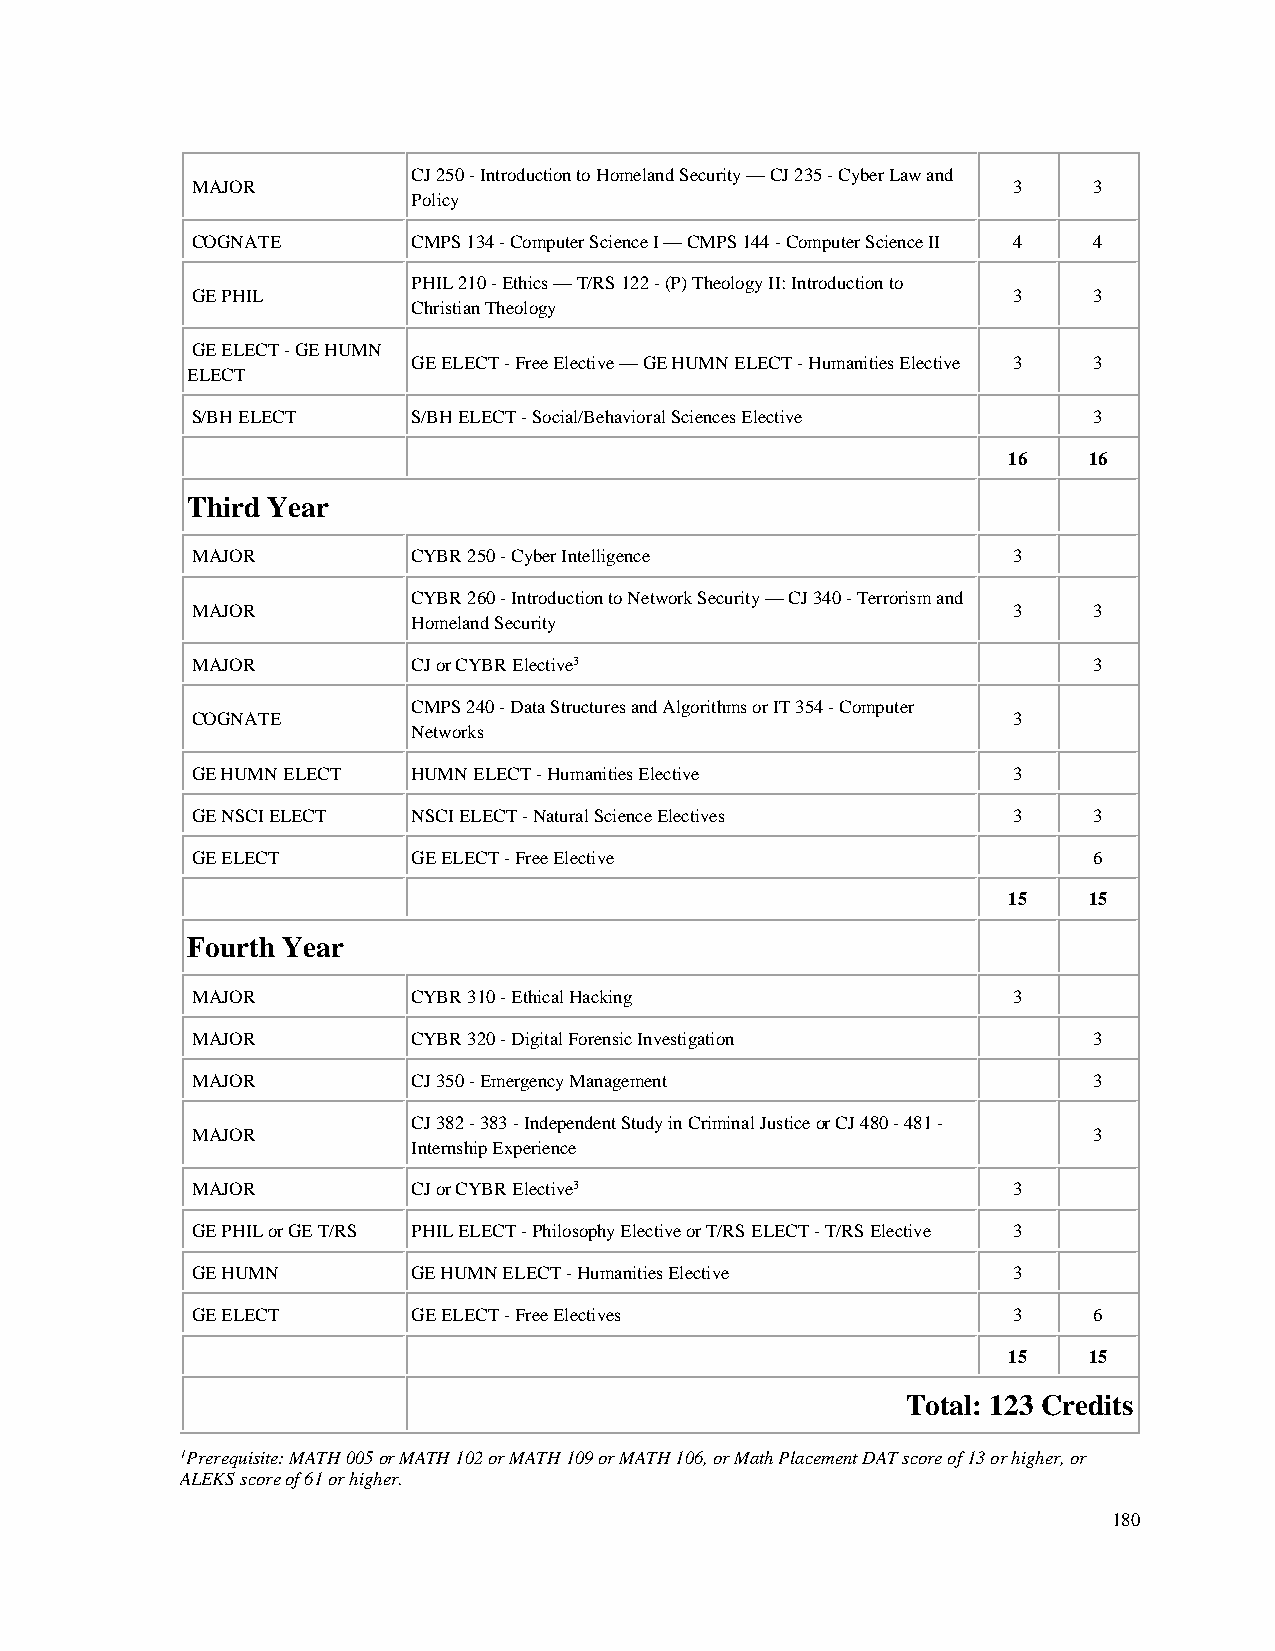
CJ 250 - Introduction to Homeland Security — CJ 235 - Cyber Law and
 MAJOR                                                 3    3
 Policy
 COGNATE       CMPS 134 - Computer Science I — CMPS 144 - Computer Science II 4 4
 PHIL 210 - Ethics — T/RS 122 - (P) Theology II: Introduction to
 GE PHIL                                               3    3
 Christian Theology
 GE ELECT - GE HUMN
 GE ELECT - Free Elective — GE HUMN ELECT - Humanities Elective 3 3
 ELECT
 S/BH ELECT    S/BH ELECT - Social/Behavioral Sciences Elective 3
 16   16
 Third Year
 MAJOR         CYBR 250 - Cyber Intelligence           3
 CYBR 260 - Introduction to Network Security — CJ 340 - Terrorism and
 MAJOR                                                 3    3
 Homeland Security
 MAJOR         CJ or CYBR Elective3                         3
 CMPS 240 - Data Structures and Algorithms or IT 354 - Computer
 COGNATE                                               3
 Networks
 GE HUMN ELECT HUMN ELECT - Humanities Elective        3
 GE NSCI ELECT NSCI ELECT - Natural Science Electives  3    3
 GE ELECT      GE ELECT - Free Elective                     6
 15   15
 Fourth Year
 MAJOR         CYBR 310 - Ethical Hacking              3
 MAJOR         CYBR 320 - Digital Forensic Investigation    3
 MAJOR         CJ 350 - Emergency Management                3
 CJ 382 - 383 - Independent Study in Criminal Justice or CJ 480 - 481 -
 MAJOR                                                      3
 Internship Experience
 MAJOR         CJ or CYBR Elective3                    3
 GE PHIL or GE T/RS PHIL ELECT - Philosophy Elective or T/RS ELECT - T/RS Elective 3
 GE HUMN       GE HUMN ELECT - Humanities Elective     3
 GE ELECT      GE ELECT - Free Electives               3    6
 15   15
 Total: 123 Credits
 1Prerequisite: MATH 005 or MATH 102 or MATH 109 or MATH 106, or Math Placement DAT score of 13 or higher, or
 ALEKS score of 61 or higher.
 180